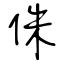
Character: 侏